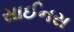
સાઈનસ